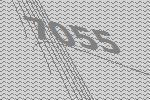
7055